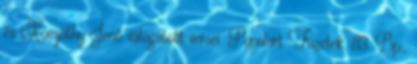
és Komjáthy Jenő válogatott versei. Populart Füzetek. 83. Bp.,